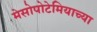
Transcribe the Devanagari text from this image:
मेसोपोटेमियाच्या